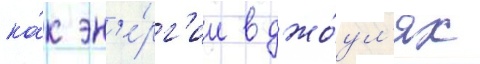
ка́к эн'е́рг'ии в джо́ул'ях